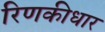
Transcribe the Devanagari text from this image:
रिणकीधार